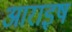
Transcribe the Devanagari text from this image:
आराइष